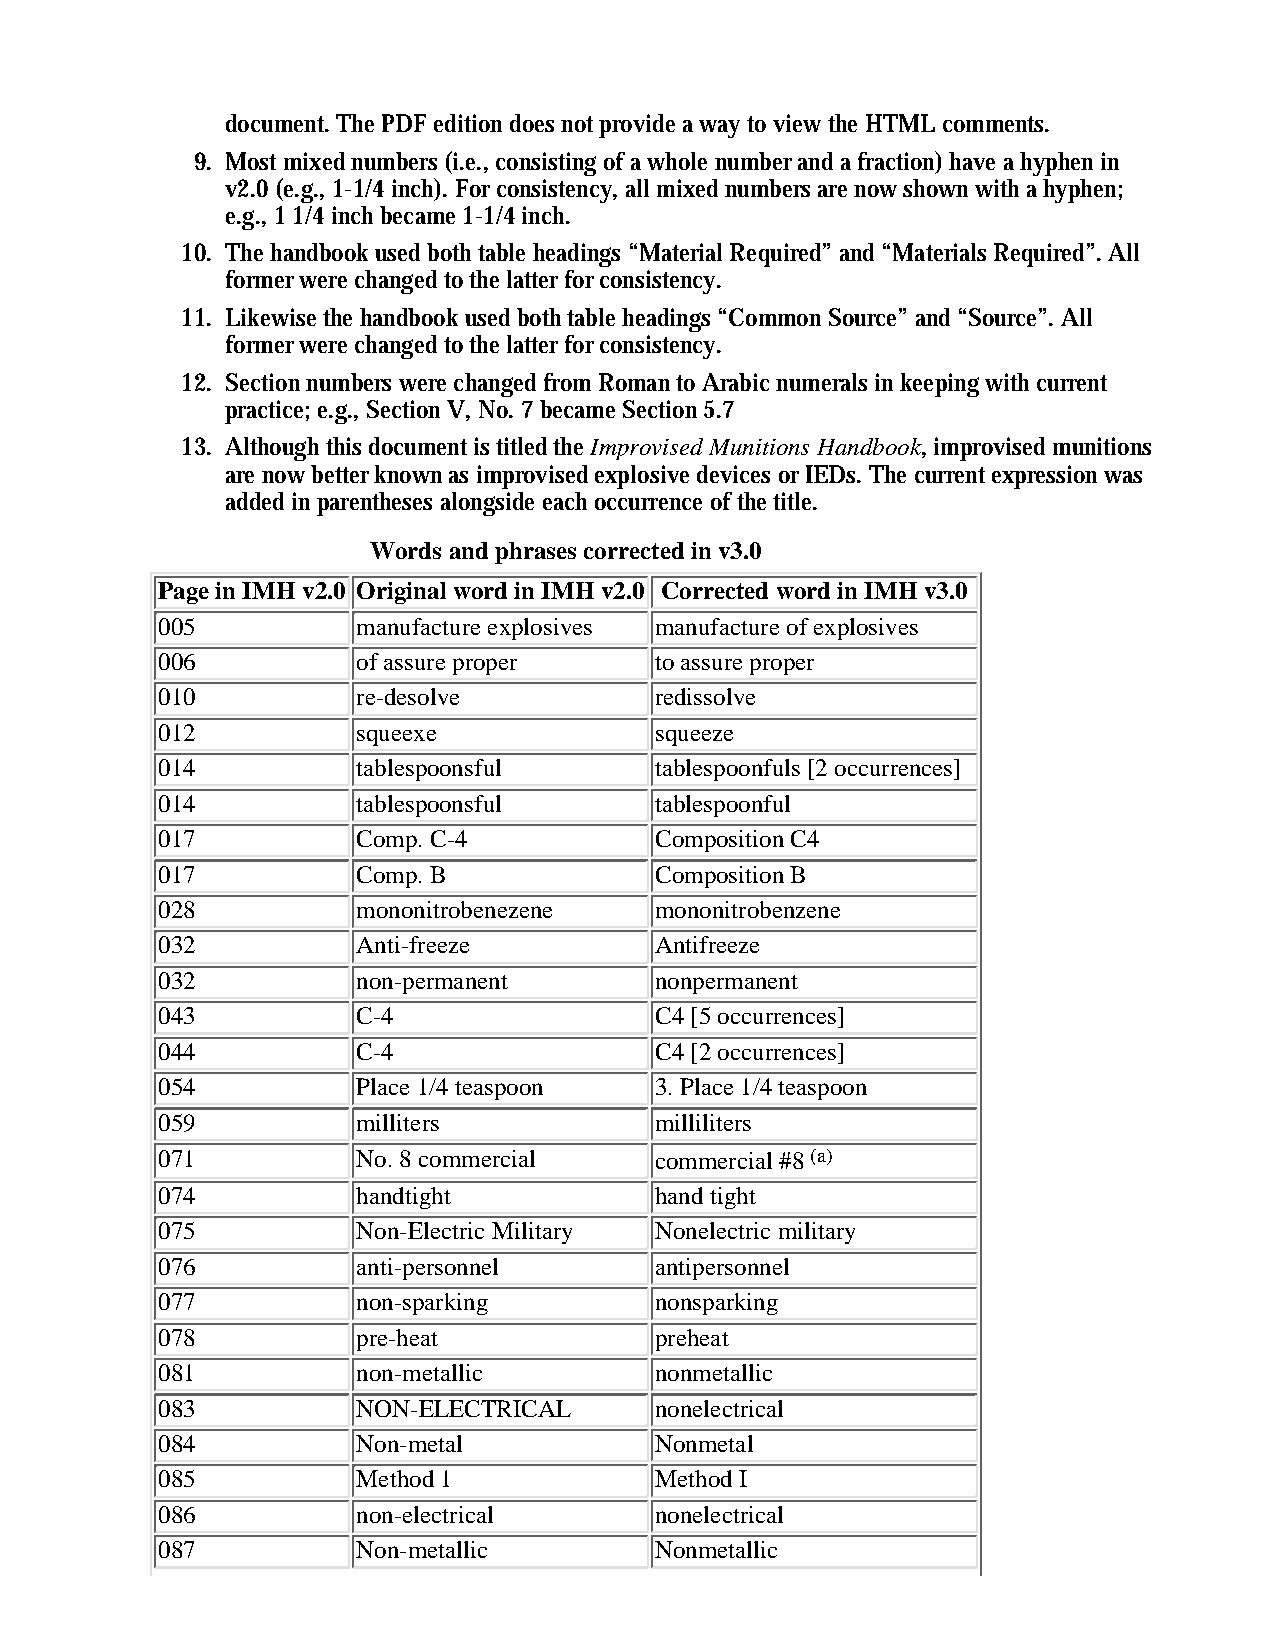
document. The PDF edition does not provide a way to view the HTML comments.
 9. Most mixed numbers (i.e., consisting of a whole number and a fraction) have a hyphen in
 v2.0 (e.g., 1-1/4 inch). For consistency, all mixed numbers are now shown with a hyphen;
 e.g., 1 1/4 inch became 1-1/4 inch.
 10. The handbook used both table headings “Material Required” and “Materials Required”. All
 former were changed to the latter for consistency.
 11. Likewise the handbook used both table headings “Common Source” and “Source”. All
 former were changed to the latter for consistency.
 12. Section numbers were changed from Roman to Arabic numerals in keeping with current
 practice; e.g., Section V, No. 7 became Section 5.7
 13. Although this document is titled the Improvised Munitions Handbook, improvised munitions
 are now better known as improvised explosive devices or IEDs. The current expression was
 added in parentheses alongside each occurrence of the title.
 Words and phrases corrected in v3.0
 Page in IMH v2.0 Original word in IMH v2.0 Corrected word in IMH v3.0
 005           manufacture explosives manufacture of explosives
 006           of assure proper   to assure proper
 010           re-desolve         redissolve
 012           squeexe            squeeze
 014           tablespoonsful     tablespoonfuls [2 occurrences]
 014           tablespoonsful     tablespoonful
 017           Comp. C-4          Composition C4
 017           Comp. B            Composition B
 028           mononitrobenezene  mononitrobenzene
 032           Anti-freeze        Antifreeze
 032           non-permanent      nonpermanent
 043           C-4                C4 [5 occurrences]
 044           C-4                C4 [2 occurrences]
 054           Place 1/4 teaspoon 3. Place 1/4 teaspoon
 059           milliters          milliliters
 071           No. 8 commercial   commercial #8 (a)
 074           handtight          hand tight
 075           Non-Electric Military Nonelectric military
 076           anti-personnel     antipersonnel
 077           non-sparking       nonsparking
 078           pre-heat           preheat
 081           non-metallic       nonmetallic
 083           NON-ELECTRICAL     nonelectrical
 084           Non-metal          Nonmetal
 085           Method 1           Method I
 086           non-electrical     nonelectrical
 087           Non-metallic       Nonmetallic